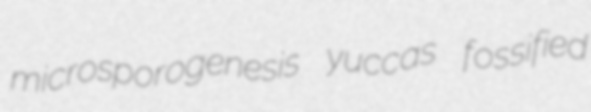
microsporogenesis yuccas fossified